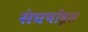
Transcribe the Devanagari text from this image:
संघर्षाहूत